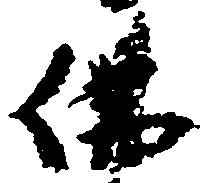
仏